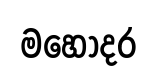
මහොදර